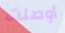
أوصلت